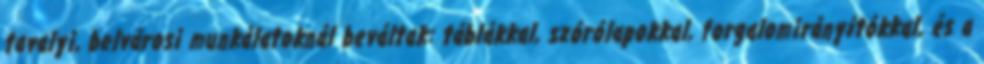
tavalyi, belvárosi munkálatoknál beváltak: táblákkal, szórólapokkal, forgalomirányítókkal, és a